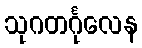
သုဂတင်္ဂုလေန